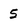
Character: 5